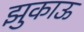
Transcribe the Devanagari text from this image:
झुकाऊ